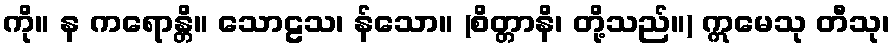
ကို။ န ကရောန္တိ။ သောဠသ၊ န်သော။ (စိတ္တာနိ၊ တို့သည်။) ဣမေသု တီသု၊